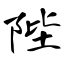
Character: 陛